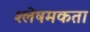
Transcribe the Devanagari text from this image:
श्लेषमकता